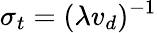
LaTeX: \sigma_{t}=(\lambda v_{d})^{-1}